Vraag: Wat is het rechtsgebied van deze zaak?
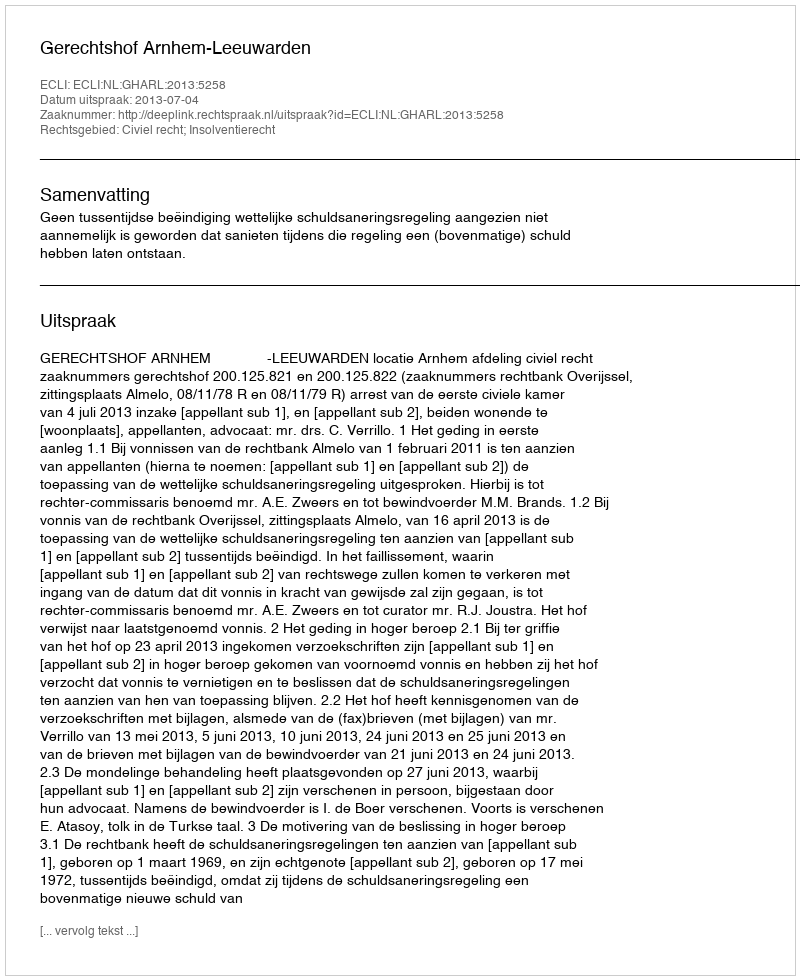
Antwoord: Civiel recht; Insolventierecht